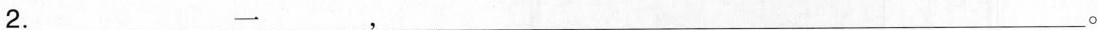
2. ___一 ___，___。